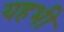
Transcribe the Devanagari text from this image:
यहभी